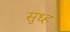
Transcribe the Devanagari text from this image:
सुध्ह